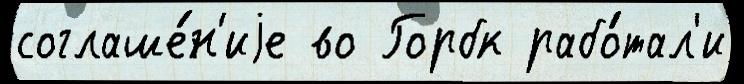
соглаше́н'иjе во Горбк рабо́тал'и